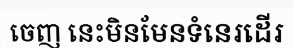
ចេញ នេះមិនមែនទំនេរដើរ